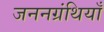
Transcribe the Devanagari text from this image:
जननग्रंथियाँ